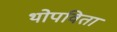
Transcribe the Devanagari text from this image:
थोपविता